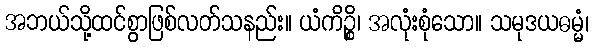
အဘယ်သို့ထင်စွာဖြစ်လတ်သနည်း။ ယံကိဉ္စိ၊ အလုံးစုံသော။ သမုဒယဓမ္မံ၊